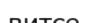
витсе